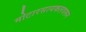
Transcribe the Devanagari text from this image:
मोटारसायकलवरून